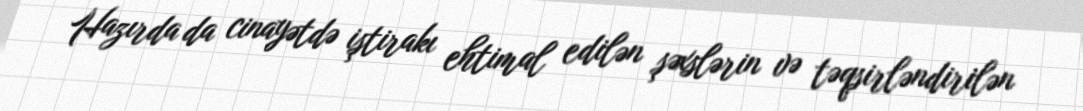
Hazırda da cinayətdə iştirakı ehtimal edilən şəxslərin və təqsirləndirilən